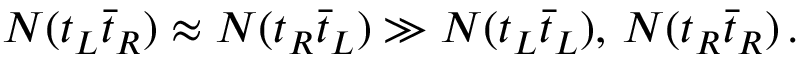
N ( t _ { L } \bar { t } _ { R } ) \approx N ( t _ { R } \bar { t } _ { L } ) \gg N ( t _ { L } \bar { t } _ { L } ) , \, N ( t _ { R } \bar { t } _ { R } ) \, .